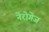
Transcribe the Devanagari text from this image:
नेरोगेज